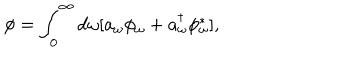
\phi = \int _ { 0 } ^ { \infty } d \omega [ a _ { \omega } \phi _ { \omega } + a _ { \omega } ^ { \dagger } \phi _ { \omega } ^ { \ast } ] ,